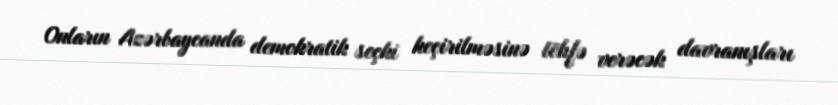
Onların Azərbaycanda demokratik seçki keçirilməsinə töhfə verəcək davranışları